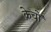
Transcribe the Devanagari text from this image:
क्रेचों